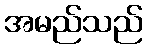
အမည်သည်